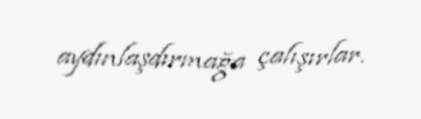
aydınlaşdırmağa çalışırlar.